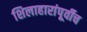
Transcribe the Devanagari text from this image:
शिलाहारांपूर्वीच